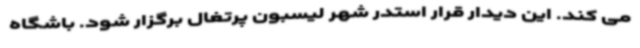
می کند. این دیدار قرار استدر شهر لیسبون پرتغال برگزار شود. باشگاه